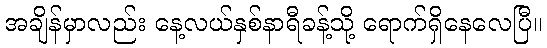
အချိန်မှာလည်း နေ့လယ်နှစ်နာရီခန့်သို့ ရောက်ရှိနေလေပြီ။